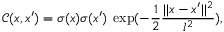
\mathcal { C } ( \boldsymbol { x } , \boldsymbol { x } ^ { \prime } ) = \sigma ( \boldsymbol { x } ) \sigma ( \boldsymbol { x } ^ { \prime } ) \; \exp ( { - \frac 1 2 \frac { | | \boldsymbol { x } - \boldsymbol { x } ^ { \prime } | | ^ { 2 } } { l ^ { 2 } } } ) ,